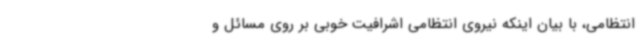
انتظامی، با بیان اینکه نیروی انتظامی اشرافیت خوبی بر روی مسائل و